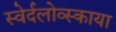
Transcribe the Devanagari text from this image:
स्वेर्दलोव्स्काया